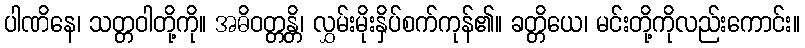
ပါဏိနေ၊ သတ္တဝါတို့ကို။ အဓိဝတ္တန္တိ၊ လွှမ်းမိုးနှိပ်စက်ကုန်၏။ ခတ္တိယေ၊ မင်းတို့ကိုလည်းကောင်း။